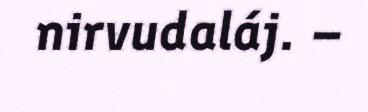
nirvudaláj. –